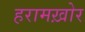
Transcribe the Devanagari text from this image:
हरामख़ोर